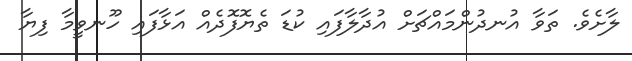
ލާށެވެ. ތަވާ އުނދުންމައްޗަށް އުދާލާފައި ކުޑަ ތެޔޮފޮދެއް އަޅާފައި ހޫނވީމާ ފިޔާ